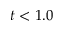
t < 1 . 0